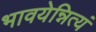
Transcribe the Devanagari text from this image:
भावयेन्नित्यं